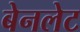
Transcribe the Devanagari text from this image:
बेनलेट